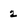
Character: 2